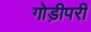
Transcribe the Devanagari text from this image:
गोड़ीपरी